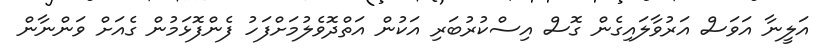
އަލީނާ އަވަސް އަރުވާލައިގެން ގޮސް އިސްކުރުބަރި އަކުން އަތްދޮވެލުމަށްފަހު ފެންފޮޅަމުން ގެއަށް ވަންނާން